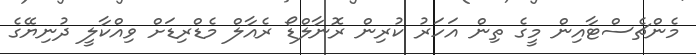
މެންޗެސްޓާއިން މީގެ ތިން އަހަރު ކުރިން ރޮނާލްޑޯ ރެއާލް މެޑްރިޑަށް ވިއްކާލީ ދުނިޔޭގެ